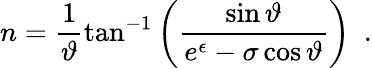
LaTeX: n=\frac{1}{\vartheta}\tan^{-1}\left(\frac{\sin\vartheta}{e^{\epsilon}-\sigma\cos\vartheta}\right)\ \ .